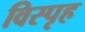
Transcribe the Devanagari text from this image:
विस्पृह